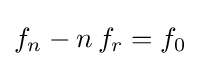
f_{n}-n\,f_{r}=f_{0}